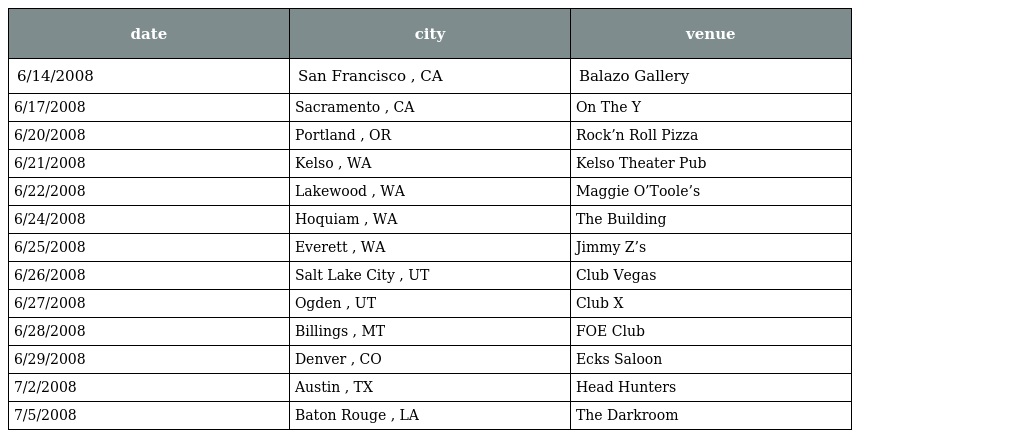
| date | city | venue |
 | --- | --- | --- |
 | 6/14/2008 | San Francisco , CA | Balazo Gallery |
 | 6/17/2008 | Sacramento , CA | On The Y |
 | 6/20/2008 | Portland , OR | Rock’n Roll Pizza |
 | 6/21/2008 | Kelso , WA | Kelso Theater Pub |
 | 6/22/2008 | Lakewood , WA | Maggie O’Toole’s |
 | 6/24/2008 | Hoquiam , WA | The Building |
 | 6/25/2008 | Everett , WA | Jimmy Z’s |
 | 6/26/2008 | Salt Lake City , UT | Club Vegas |
 | 6/27/2008 | Ogden , UT | Club X |
 | 6/28/2008 | Billings , MT | FOE Club |
 | 6/29/2008 | Denver , CO | Ecks Saloon |
 | 7/2/2008 | Austin , TX | Head Hunters |
 | 7/5/2008 | Baton Rouge , LA | The Darkroom |